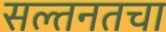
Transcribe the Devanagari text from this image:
सल्तनतचा